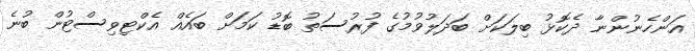
އަންހެނުންނާ ދެކޮޅު ބިލަކަށް ބަދަލުވުމުގެ ފުރުސަތު ބޮޑު ކަމަށް ބައެއް އެކްޓިވިސްޓުން ބުނެ